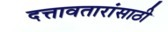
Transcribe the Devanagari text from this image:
दत्तावतारांसाठी